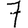
Digit: 7